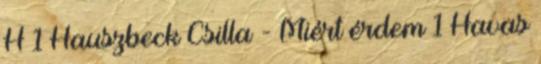
H 1 Hauszbeck Csilla - Miért érdem 1 Havas